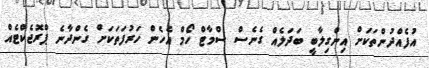
އުފެއްދުންތަކަށް އިންގިލާބީ ބަދަލެއް ގެނެސް ސްމާޓް ހޯމް އެހެން ހަރުފަތަކަށް ގެންދާނެ ޕްރޮޖެކްޓެއް